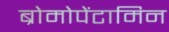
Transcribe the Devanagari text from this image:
ब्रोमोपेंटामिन